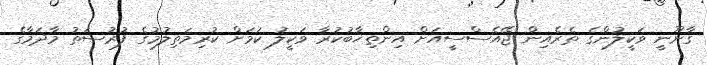
ގާނޫނީ ވަކީލުންގެ ތެރެއިން ޖޭއެސްސީއަށް އިންތިޚާބުކުރާ ވަކީލު ކަމަށް ކުރިމަތިލުމުގެ ފުރުސަތު މާދަމާގެ